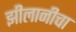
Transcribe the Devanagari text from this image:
झीलानीचा